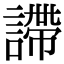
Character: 𧫚